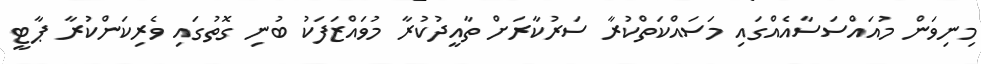
މިނިވަން މުއައްސަސާއެއްގައި މަސައްކަތްކުރާ ސަރުކާރަށް ތާއީދުކުރާ މުވައްޒަފަކު ބުނި ގޮތުގައި ވެރިކަންކުރާ ޕާޓީ